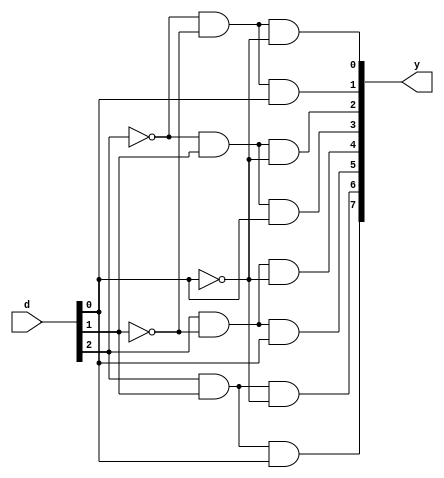
`timescale 1ns / 1ps
//////////////////////////////////////////////////////////////////////////////////
// Company: 
// Engineer: 
// 
// Design Name: 
// Module Name:    decoder3_8_df 
// Project Name: 
// Target Devices: 
// Tool versions: 
// Description: 
//
// Dependencies: 
//
// Revision: 
// Revision 0.01 - File Created
// Additional Comments: 
//
//////////////////////////////////////////////////////////////////////////////////
module decoder3_8_df(
    input [2:0] d,
    output [7:0] y
    );
	 wire p,q,r;
assign p= ~d[2];
assign q= ~d[1];
assign r= ~d[0];
assign y[0]= p&q&r;
assign y[1]= p&q&d[0];
assign y[2]= p&d[1]&r;
assign y[3]= p&d[1]&d[0];
assign y[4]= d[2]&q&r;
assign y[5]= d[2]&q&d[0];
assign y[6]= d[2]&d[1]&r;
assign y[7]= d[2]&d[1]&d[0];

endmodule